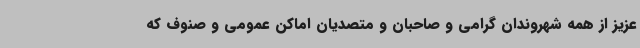
عزیز از همه شهروندان گرامی و صاحبان و متصدیان اماکن عمومی و صنوف که